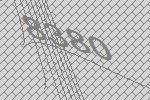
8380